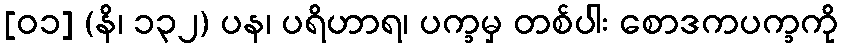
[၀၁] (နိ၊ ၁၃၂) ပန၊ ပရိဟာရ၊ ပက္ခမှ တစ်ပါး စောဒကပက္ခကို